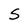
Character: S